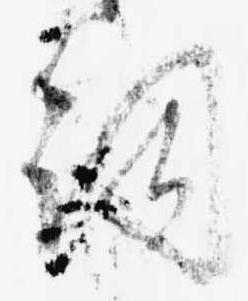
詞